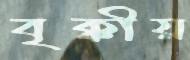
বৃক্কীয়